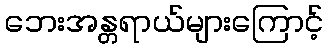
ဘေးအန္တရာယ်များကြောင့်